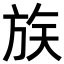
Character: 𪯶